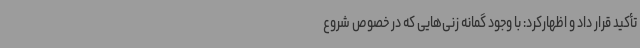
تأکید قرار داد و اظهارکرد: با وجود گمانه زنی‌هایی که در خصوص شروع